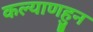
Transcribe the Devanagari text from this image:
कल्याणहुन